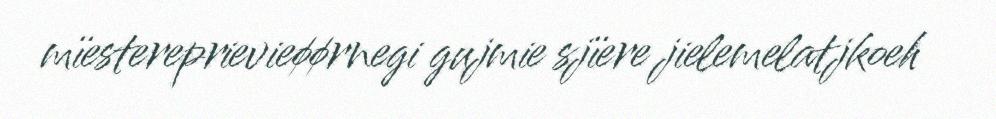
mïestereprievieøørnegi gujmie sjïere jielemelatjkoeh